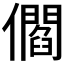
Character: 𠐩